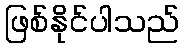
ဖြစ်နိုင်ပါသည်